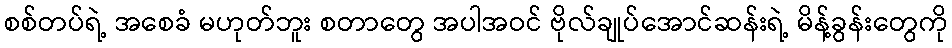
စစ်တပ်ရဲ့ အစေခံ မဟုတ်ဘူး စတာတွေ အပါအဝင် ဗိုလ်ချုပ်အောင်ဆန်းရဲ့ မိန့်ခွန်းတွေကို